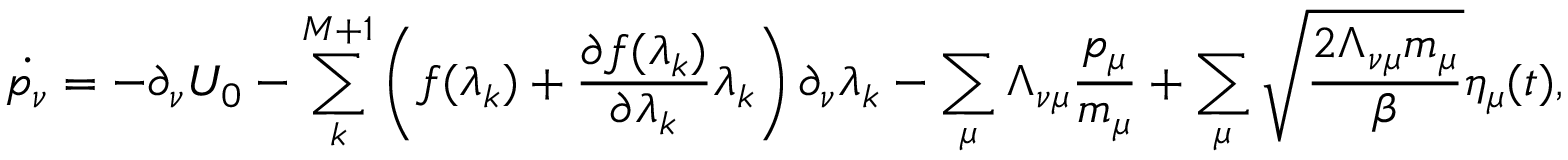
\dot { p _ { \nu } } = - \partial _ { \nu } U _ { 0 } - \sum _ { k } ^ { M + 1 } \left( f ( \lambda _ { k } ) + \frac { \partial f ( \lambda _ { k } ) } { \partial \lambda _ { k } } \lambda _ { k } \right) \partial _ { \nu } \lambda _ { k } - \sum _ { \mu } \Lambda _ { \nu \mu } \frac { p _ { \mu } } { m _ { \mu } } + \sum _ { \mu } \sqrt { \frac { 2 \Lambda _ { \nu \mu } m _ { \mu } } { \beta } } \eta _ { \mu } ( t ) ,